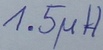
Text: 1.5µH